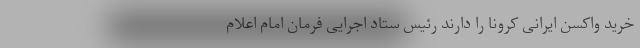
خرید واکسن ایرانی کرونا را دارند رئیس ستاد اجرایی فرمان امام اعلام